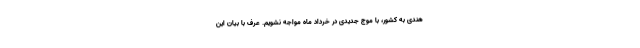
هندی به کشور، با موج جدیدی در خرداد ماه مواجه نشویم. عرف با بیان این